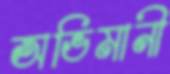
অভিমানী